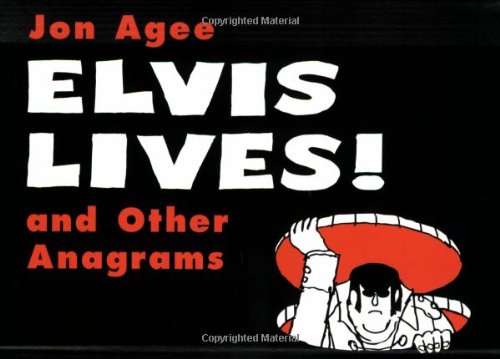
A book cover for Elvis Lives!: and Other Anagrams (Sunburst Book); Jon Agee; Humor & Entertainment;